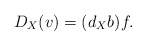
\begin{align*}D_X (v)= (d_X b) f.\end{align*}